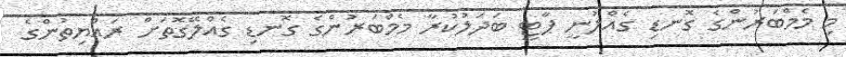
މި މެމްބަރުންގެ ގޮނޑި ގެއްލުނީ ޕާޓީ ބަދަލުކުރާ މެމްބަރުންގެ ގޮނޑި ގެއްލޭގޮތަށް ރައްޔިތުންގެ